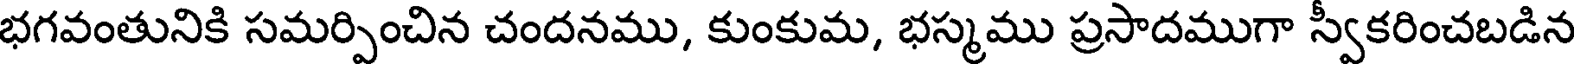
భగవంతునికి సమర్పించిన చందనము, కుంకుమ, భస్మము ప్రసాదముగా స్వకరించబడిన